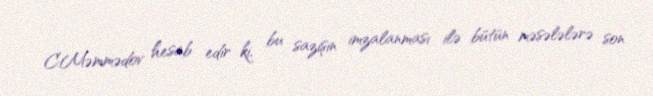
C.Məmmədov hesab edir ki, bu sazişin imzalanması ilə bütün məsələlərə son